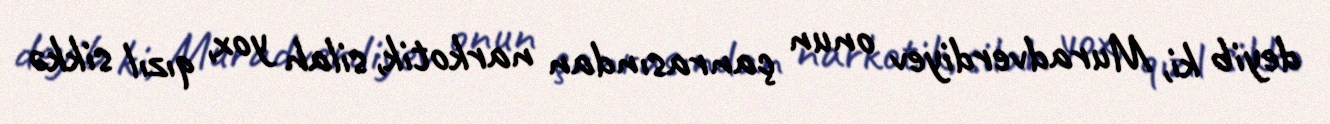
deyib ki, Muradverdiyev onun çanrasından narkotik, silah yox, qızıl sikkə